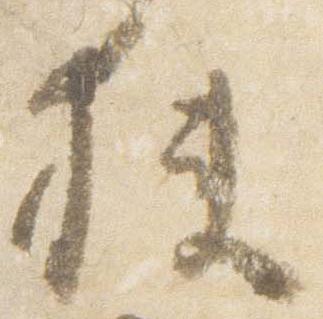
狭